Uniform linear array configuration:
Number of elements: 8
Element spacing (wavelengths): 0.5
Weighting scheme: exponential
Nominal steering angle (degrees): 0
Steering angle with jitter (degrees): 1.477
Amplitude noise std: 0.05
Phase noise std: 0.05

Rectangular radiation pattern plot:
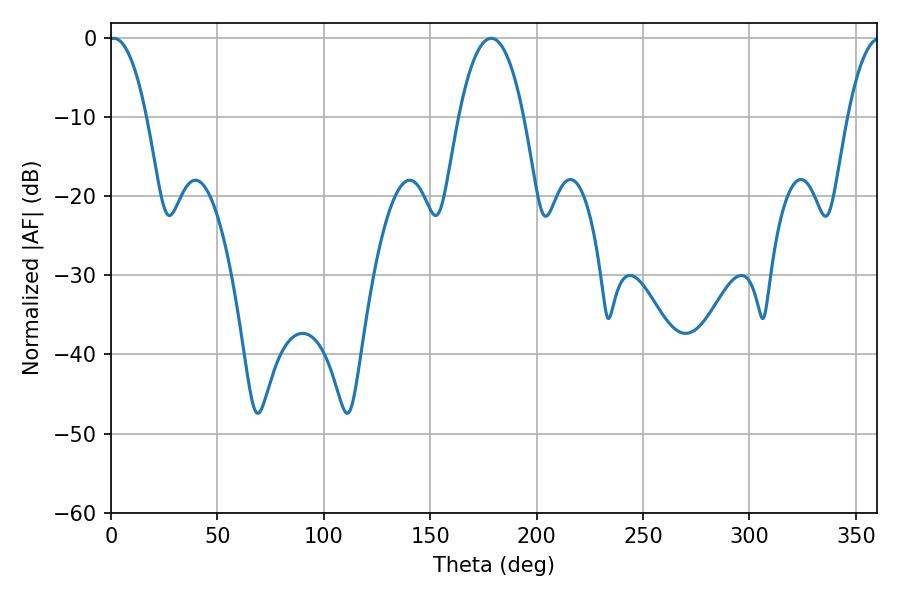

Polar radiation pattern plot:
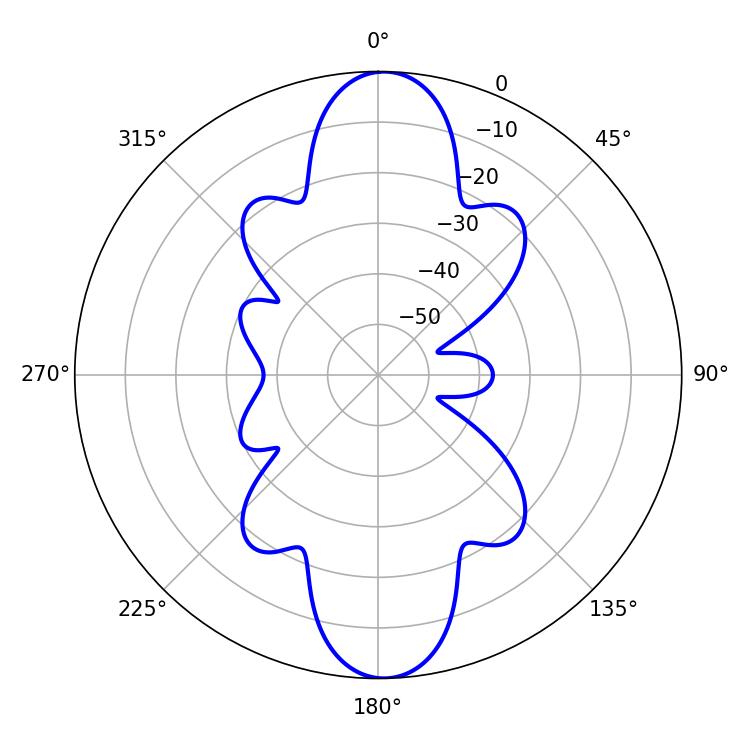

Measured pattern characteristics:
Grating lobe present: FALSE
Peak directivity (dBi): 21.092
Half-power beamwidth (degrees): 9.9
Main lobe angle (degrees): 1.26